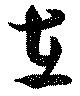
在